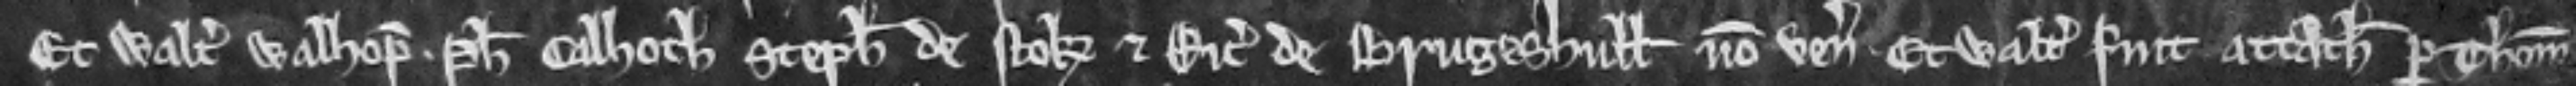
Et Walterus Walhop. Philippus Calhoch Stephanus de Stok et Ricardus de Brugeshull non venerunt. Et Walterus fuit attachiatus per Thomam